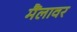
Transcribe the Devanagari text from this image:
मैंलावर